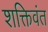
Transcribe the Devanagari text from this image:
शक्तिवंत